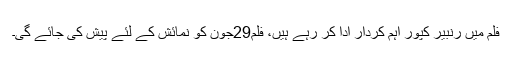
فلم میں رنبیر کپور اہم کردار ادا کر رہے ہیں، فلم29جون کو نمائش کے لئے پیش کی جائے گی۔